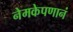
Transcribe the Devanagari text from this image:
नेमकेपणानं